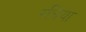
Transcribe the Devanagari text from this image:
रधिया